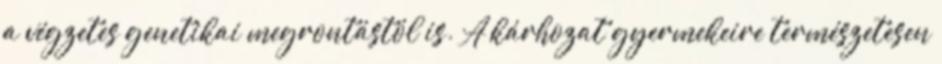
a végzetes genetikai megrontástól is. A kárhozat gyermekeire természetesen